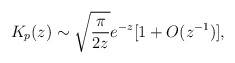
\begin{align*}K_p(z) \sim \sqrt{{\pi \over 2z}} e^{-z} [1+O(z^{-1})] ,\end{align*}